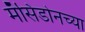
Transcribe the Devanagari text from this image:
मॅसिडोनच्या